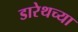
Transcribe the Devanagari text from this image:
डारेथच्या